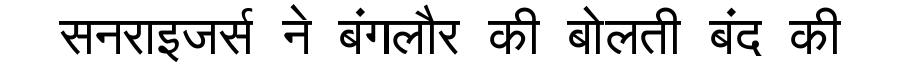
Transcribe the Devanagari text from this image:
सनराइजर्स ने बंगलौर की बोलती बंद की